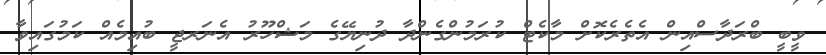
ވީބީ ބްރަދާސްއިން އެތެރެކޮށް މާކެޓް ކުރަމުންގެންދާ ދުނިޔޭގެ މަޝްހޫރު އެނަރޖީ ބުއިމެއް ކަމުގައިވާ